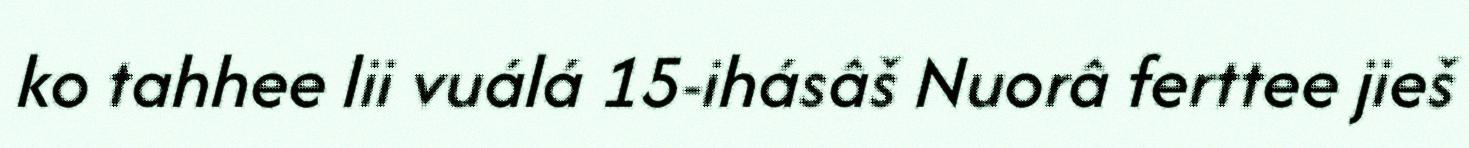
ko tahhee lii vuálá 15-ihásâš Nuorâ ferttee jieš